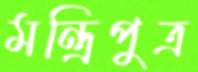
মন্ত্রিপুত্র